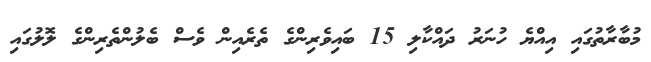
މުބާރާތުގައި އިއްޔެ ހުނަރު ދައްކާލި 15 ބައިވެރިންގެ ތެރެއިން ވެސް ބެލުންތެރިންގެ ލޮލުގައި